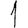
Digit: 1